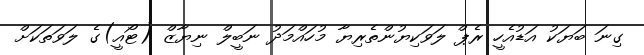
ގިނަ ބަޔަކު އަޑުއެހީ ރެޕް ލަވަކިޔުންތެރިޔާ މުހައްމަދު ނަބީލް ނިޔާޒް (ޓޯއީ)ގެ ލަވަތަކަށް